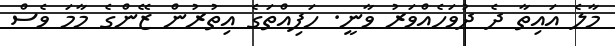
މާލެ އައިތާ ދެ ދުވަހެއްވަރު ވާނީ. ހަފިއްތަގެ އިތުރުން ޒޭންގެ މާމަ ވެސް